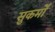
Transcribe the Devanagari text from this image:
सुकर्मों